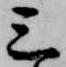
三